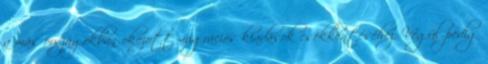
a más országokban okozott migrációs kiadások csökkentéséhez. Végül pedig